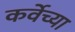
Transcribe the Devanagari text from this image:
कर्वेच्या